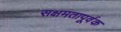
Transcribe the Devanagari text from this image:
सक्षमतापूर्वक